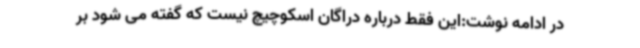
در ادامه نوشت:این فقط درباره دراگان اسکوچیچ نیست که گفته می شود بر